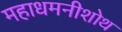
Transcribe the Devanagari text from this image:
महाधमनीशोथ